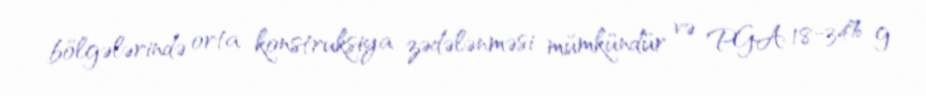
bölgələrində orta konstruksiya zədələnməsi mümkündür və PGA 18-34% g